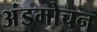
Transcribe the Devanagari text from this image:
अंडमोचन